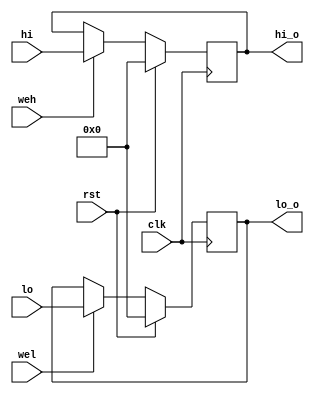
`timescale 1ns / 1ps

module hilo_reg(
    input clk, rst, 
    input weh, wel,
    input [31:0] hi, lo,
    output reg [31:0] hi_o, lo_o
);


always @(negedge clk) begin
    if (rst) begin
        hi_o <= 32'b0;
        lo_o <= 32'b0;
    end else begin
        if (weh)
            hi_o <= hi;
        if (wel)
            lo_o <= lo;
    end
end

endmodule